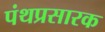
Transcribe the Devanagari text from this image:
पंथप्रसारक